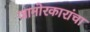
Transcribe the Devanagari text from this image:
जानोरकारांचा